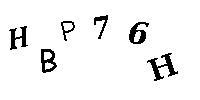
HB76H